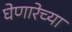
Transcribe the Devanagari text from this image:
घेणारेच्या